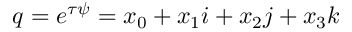
q = e ^ { \tau \psi } = x _ { 0 } + x _ { 1 } i + x _ { 2 } j + x _ { 3 } k